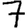
Digit: 7